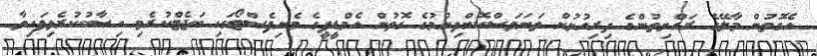
އެގޮތުން މާލޭގެ ރައްޔިތުންގެ ދިރިއުޅުން ތަނަވަސްކޮށްދިނުމުގެ ގޮތުން އެމްޑީޕީގެ މެނިފެސްޓޯގައި ބަޖެޓްކުރެވި ހިސާބުކުރެވިފައިވާ